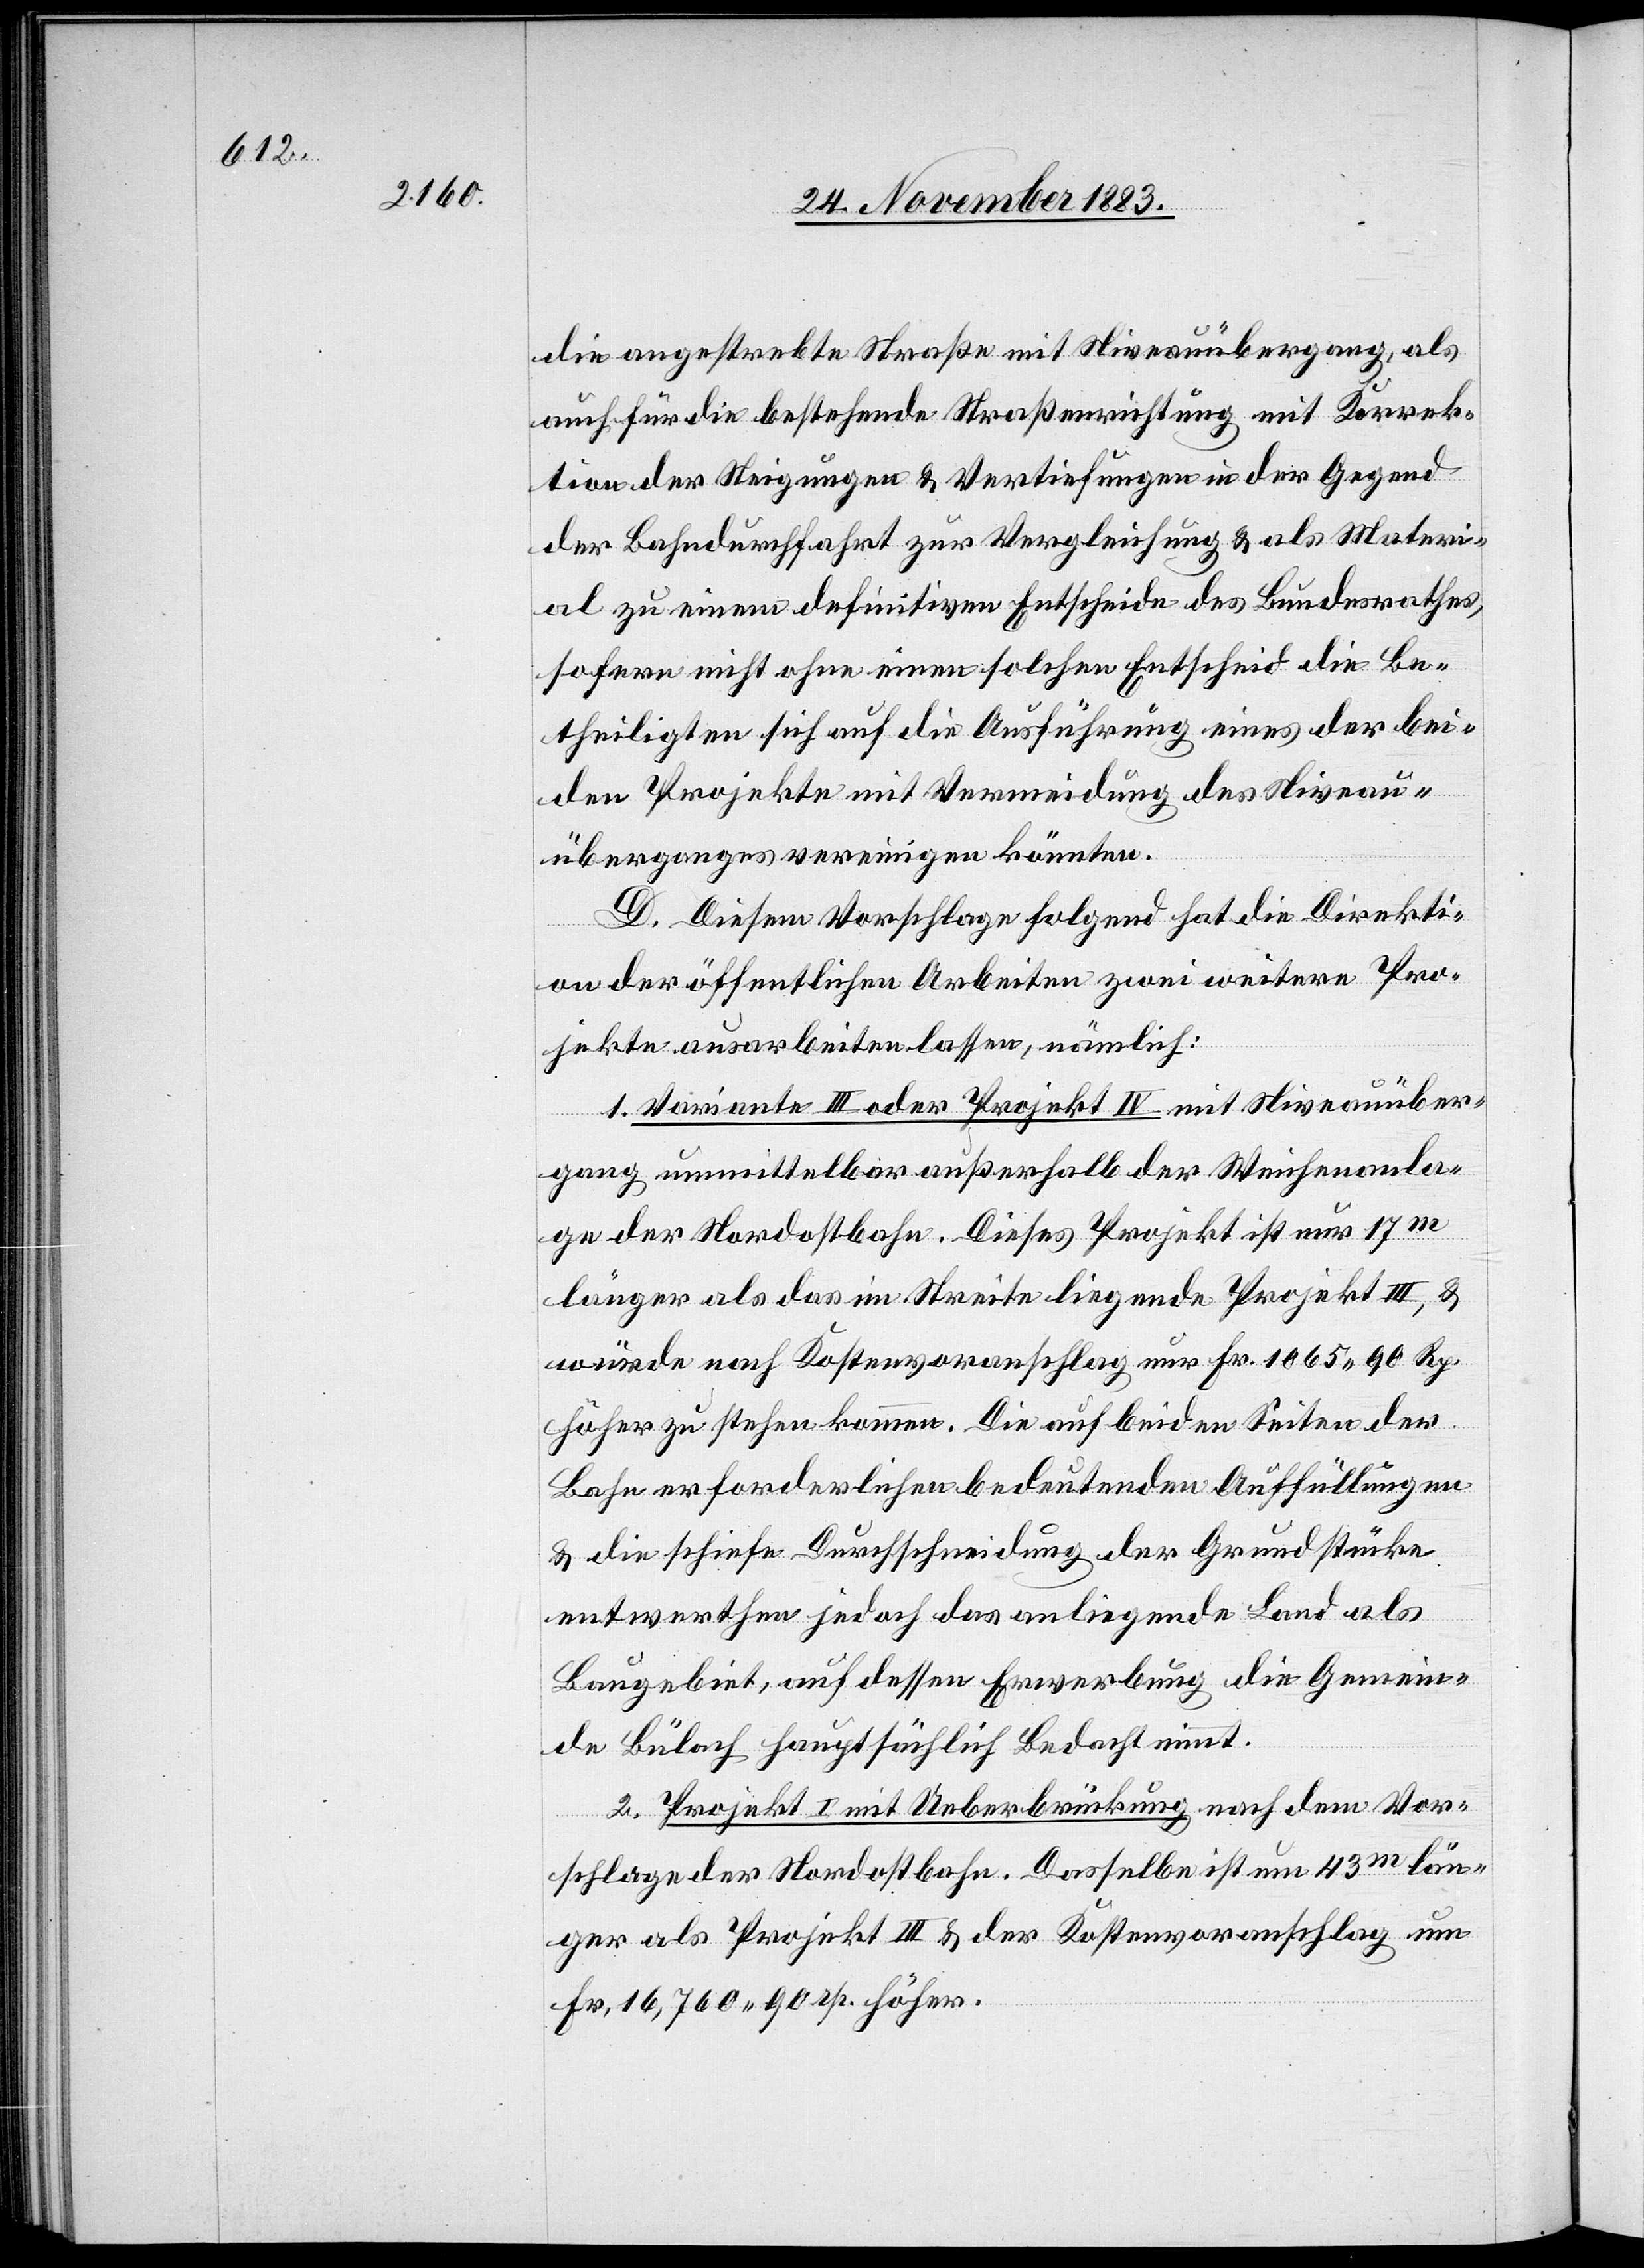
die angestrebte Straße mit Niveauübergang, als
auch für die bestehende & Straßenrichtung mit Korrek¬
tion der Steigungen & Vertiefungen in der Gegend
der Bahndurchfahrt zur Vergleichung & als Materi¬
al zu einem definitiven Entscheide des Bundesrathes,
sofern nicht ohne einen solchen Entscheid die Be¬
theiligten sich auf die Ausführung eines der bei¬
den Projekte mit Vermeidung des Niveau¬
überganges vereinigen könnten.
D. Diesem Vorschlage folgend hat die Direkti¬
on der öffentlichen Arbeiten zwei weitere Pro¬
jekte ausarbeiten lassen, nämlich:
1. Variante III oder Projekt IV mit Niveauüber¬
gang unmittelbar außerhalb der Weichenanla¬
ge der Nordostbahn. Dieses Projekt ist nur 17m
länger als das im Streite liegende Projekt III, &
würde nach Kostenvoranschlag nur Fr. 1065 90 Rp.
höher zu stehen kommen. Die auf beiden Seiten der
Bahn erforderlichen bedeutenden Auffüllungen
& die schiefe Durchschneidung der Grundstücke
entwerthen jedoch das anliegende Land als
Baugebiet, auf dessen Erwerbung die Gemein¬
de Bülach hauptsächlich Bedacht nimmt.
2. Projekt I mit Ueberbrückung nach dem Vor¬
schlage der Nordostbahn. Dasselbe ist um 43m län¬
ger als Projekt III & der Kostenvoranschlag um
Fr. 16,760 90 rp [sic!] höher.